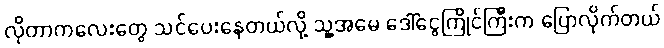
လိုတာကလေးတွေ သင်ပေးနေတယ်လို့ သူ့အမေ ဒေါ်ငွေကြိုင်ကြီးက ပြောလိုက်တယ်